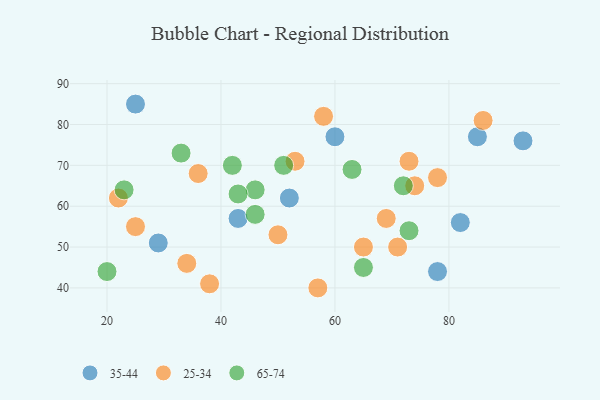
{"axis": {"x": "GDP", "y": "Life Expectancy"}, "legend": ["25-34", "35-44", "65-74"], "data": [{"x": "78", "y": 44, "type": "35-44"}, {"x": "60", "y": 77, "type": "35-44"}, {"x": "29", "y": 51, "type": "35-44"}, {"x": "85", "y": 77, "type": "35-44"}, {"x": "93", "y": 76, "type": "35-44"}, {"x": "82", "y": 56, "type": "35-44"}, {"x": "52", "y": 62, "type": "35-44"}, {"x": "43", "y": 57, "type": "35-44"}, {"x": "25", "y": 85, "type": "35-44"}, {"x": "22", "y": 62, "type": "25-34"}, {"x": "65", "y": 50, "type": "25-34"}, {"x": "25", "y": 55, "type": "25-34"}, {"x": "58", "y": 82, "type": "25-34"}, {"x": "86", "y": 81, "type": "25-34"}, {"x": "69", "y": 57, "type": "25-34"}, {"x": "38", "y": 41, "type": "25-34"}, {"x": "74", "y": 65, "type": "25-34"}, {"x": "34", "y": 46, "type": "25-34"}, {"x": "53", "y": 71, "type": "25-34"}, {"x": "73", "y": 71, "type": "25-34"}, {"x": "78", "y": 67, "type": "25-34"}, {"x": "57", "y": 40, "type": "25-34"}, {"x": "71", "y": 50, "type": "25-34"}, {"x": "50", "y": 53, "type": "25-34"}, {"x": "36", "y": 68, "type": "25-34"}, {"x": "20", "y": 44, "type": "65-74"}, {"x": "65", "y": 45, "type": "65-74"}, {"x": "63", "y": 69, "type": "65-74"}, {"x": "33", "y": 73, "type": "65-74"}, {"x": "46", "y": 64, "type": "65-74"}, {"x": "46", "y": 58, "type": "65-74"}, {"x": "43", "y": 63, "type": "65-74"}, {"x": "51", "y": 70, "type": "65-74"}, {"x": "73", "y": 54, "type": "65-74"}, {"x": "42", "y": 70, "type": "65-74"}, {"x": "23", "y": 64, "type": "65-74"}, {"x": "72", "y": 65, "type": "65-74"}]}